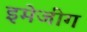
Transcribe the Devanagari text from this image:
इमेजींग